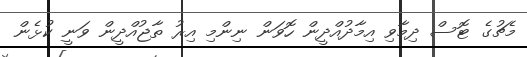
މެޗުގެ ޓޮސް ދިމާވި އިމާދުއްދީން ހޮވަން ނިންމި އިރު ތާޖުއްދީން ވަނީ ކުޅެން